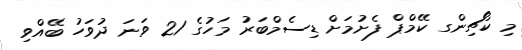
މި ކޯޗިންގ ކޭމްޕް ފެށުމަށް ޑިސެމްބަރު މަހުގެ 21 ވަނަ ދުވަހު ބޭއްވި